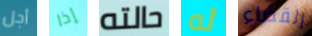
أجل إذا حالته له القضاء